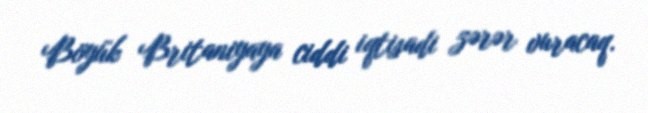
Böyük Britaniyaya ciddi iqtisadi zərər vuracaq.